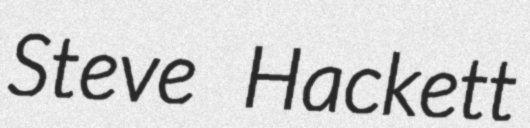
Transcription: Steve Hackett